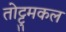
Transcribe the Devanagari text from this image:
तोट्टुमकल